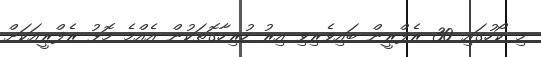
މި ކޯހުގައި 30 ރެފްރީން ބައިވެރިވި އިރު ހުރިހާގޮތަކުން އެއްމެ މޮޅު ރެފްރީއަކަށް